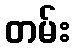
တမ်း